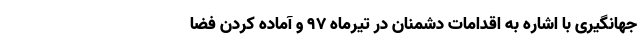
جهانگیری با اشاره به اقدامات دشمنان در تیرماه ۹۷ و آماده کردن فضا